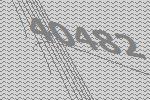
40482